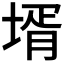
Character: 壻